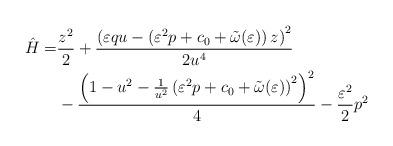
LaTeX: \begin{align*} \hat{H}=&\frac{z^2}{2}+\frac{\left(\varepsilon q u-\left(\varepsilon^2p+c_0+\tilde{\omega}(\varepsilon)\right)z\right)^2}{2u^4}\\&-\frac{\left(1-u^2-\frac{1}{u^2}\left(\varepsilon^2p+c_0+\tilde{\omega}(\varepsilon) \right)^2\right)^2}{4}-\frac{\varepsilon^2}{2}p^2\end{align*}